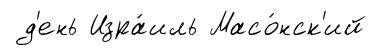
д'ень Изра́иль Масо́нск'ий